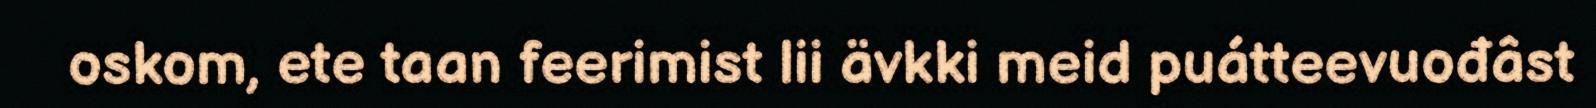
oskom, ete taan feerimist lii ävkki meid puátteevuođâst